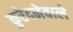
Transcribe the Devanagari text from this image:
कुरेदनेवाले